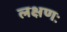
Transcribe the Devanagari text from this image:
लक्षणः